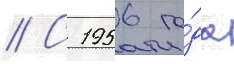
// С 1956 го́да